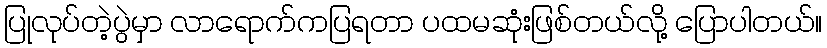
ပြုလုပ်တဲ့ပွဲမှာ လာရောက်ကပြရတာ ပထမဆုံးဖြစ်တယ်လို့ ပြောပါတယ်။